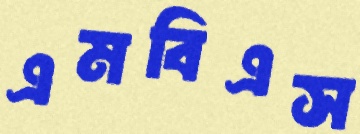
এমবিএস